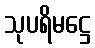
သုပရိမဋ္ဌေ